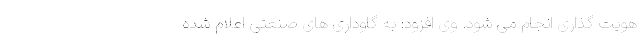
هویت گذاری انجام می شود. وی افزود: به گاوداری های صنعتی اعلام شده